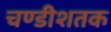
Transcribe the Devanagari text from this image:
चण्डीशतक